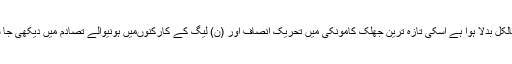
آج منظر بالکل بدلا ہوا ہے اسکی تازہ ترین جھلک کامونکی میں تحریک انصاف اور (ن) لیگ کے کارکنوںمیں ہونیوالے تصادم میں دیکھی جا سکتی ہے۔